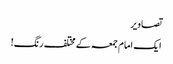
تصاویر
ایک امام جمعہ کے مختلف رنگ!